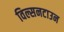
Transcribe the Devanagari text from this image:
विल्सनटाउन